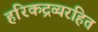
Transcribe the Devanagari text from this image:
हरिकद्रव्यरहित